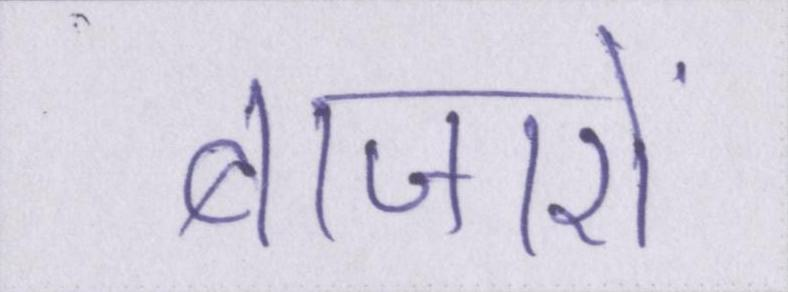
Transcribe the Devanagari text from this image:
बाजारों